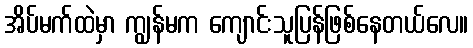
အိပ်မက်ထဲမှာ ကျွန်မက ကျောင်းသူပြန်ဖြစ်နေတယ်လေ။